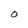
Character: O